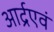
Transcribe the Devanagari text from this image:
आर्द्रएवं